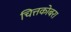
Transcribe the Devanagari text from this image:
चित्तकोबरा